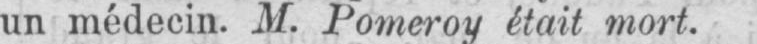
un médecin. M. Pomeroy était mort.